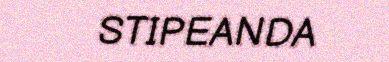
STIPEANDA